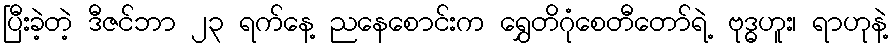
ပြီးခဲ့တဲ့ ဒီဇင်ဘာ ၂၃ ရက်နေ့ ညနေစောင်းက ရွှေတိဂုံစေတီတော်ရဲ့ ဗုဒ္ဓဟူး၊ ရာဟုနဲ့